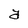
Character: a